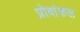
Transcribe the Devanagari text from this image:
प्रोवांकल